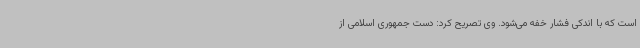
است که با اندکی فشار خفه می‌شود. وی تصریح کرد: دست جمهوری اسلامی از